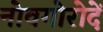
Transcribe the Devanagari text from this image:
नोवगोरोदें